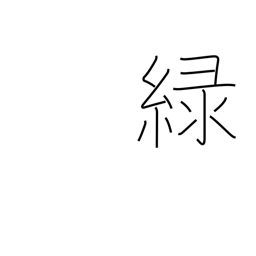
Meaning: green